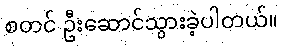
စတင် ဦးဆောင်သွားခဲ့ပါတယ်။